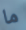
ما